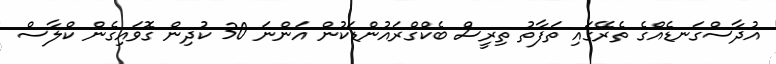
އުދާސްގަނޑެއްގެ ތެރޭގައި ތަފާތު ތިރީސް ބެކްގްރައުންޑަކުން އަންނަ 30 ކުދިން ގޮވައިގެން ކްލާސް